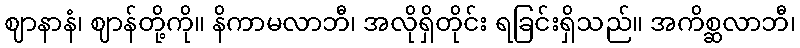
ဈာနာနံ၊ ဈာန်တို့ကို။ နိကာမလာဘီ၊ အလိုရှိတိုင်း ရခြင်းရှိသည်။ အကိစ္ဆလာဘီ၊